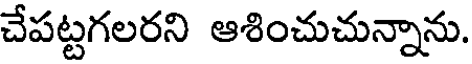
చేపట్టగలరని ఆశించుచున్నాను.